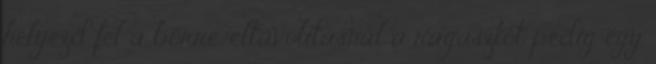
helyezd fel a bőrre, eltávolításnál a ragasztót pedig egy